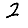
Digit: 2